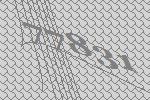
77831